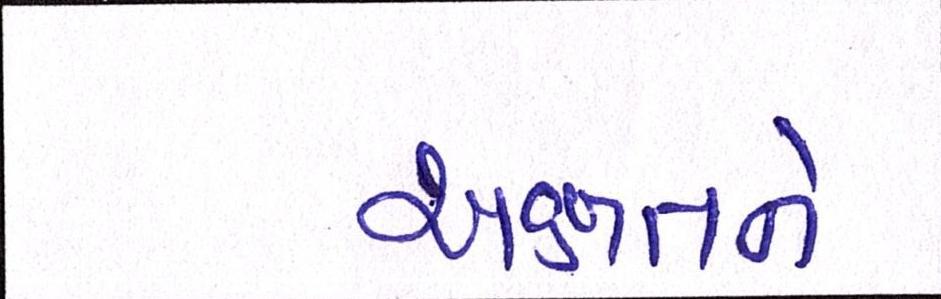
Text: અક્ષતને